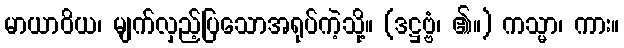
မာယာဝိယ၊ မျက်လှည့်ပြသောအရုပ်ကဲ့သို့။ (ဒဋ္ဌဗ္ဗံ၊ ၏။) ကသ္မာ၊ ကား။